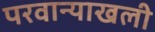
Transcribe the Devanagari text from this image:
परवान्याखली